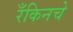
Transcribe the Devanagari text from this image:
रँकिनचे